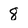
Character: 8